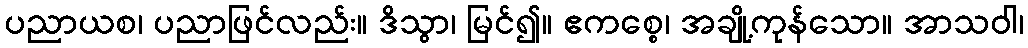
ပညာယစ၊ ပညာဖြင်လည်း။ ဒိသွာ၊ မြင်၍။ ဧကစ္စေ၊ အချို့ကုန်သော။ အာသဝါ၊